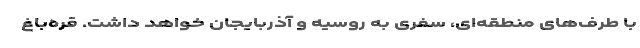
با طرف‌های منطقه‌ای،‌ سفری به روسیه و آذربایجان خواهد داشت.‌ قره‌باغ